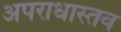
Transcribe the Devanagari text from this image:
अपराधास्तव